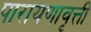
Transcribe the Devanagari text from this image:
पारायणावृत्ती